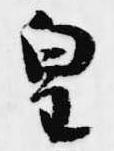
皇